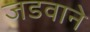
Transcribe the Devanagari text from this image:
जडवाने